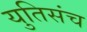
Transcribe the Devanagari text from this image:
युतिसंच